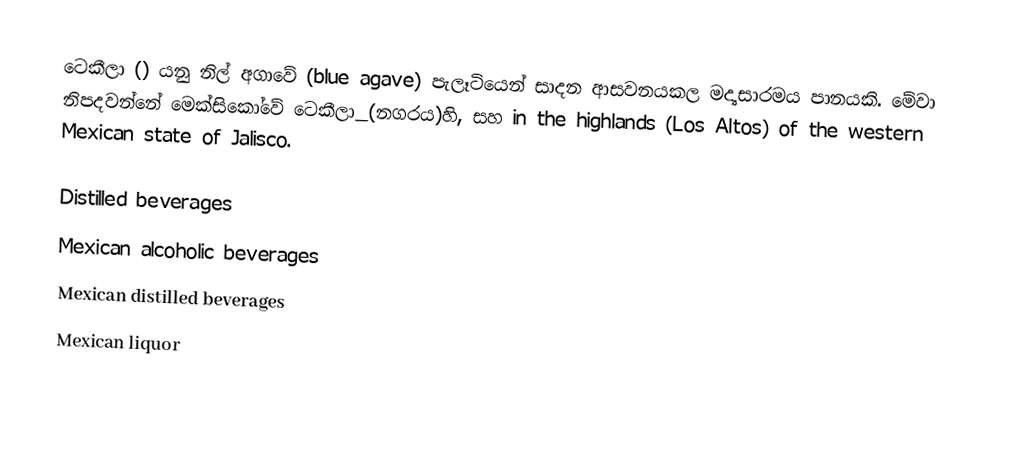
ටෙකීලා () යනු නිල් අගාවේ (blue agave) පැලෑටියෙන් සාදන ආසවනයකල මද්‍යසාරමය පානයකි. මේවා නිපදවන්නේ මෙක්සිකෝවේ ටෙකීලා_(නගරය)හි,  සහ  in the highlands (Los Altos) of the western Mexican state of Jalisco.

Distilled beverages
Mexican alcoholic beverages
Mexican distilled beverages
Mexican liquor